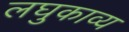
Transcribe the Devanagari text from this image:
लघुकाव्य